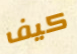
كيف